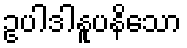
ဥပါဒါနူပနိသော